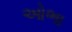
ઓભા